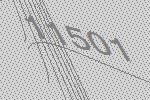
11501